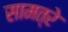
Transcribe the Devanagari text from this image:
सामत्रे